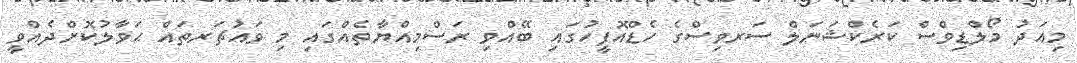
މިއަދު މޯލްޑިވްސް ކަރެކްޝަނަލް ސަރވިސްގެ ހެޑްއޮފީހުގައި ބޭއްވި ރަސްމިއްޔާތެއްގައި މި ވައުޗަރތައް ޙަވާލުކޮށްދެއްވީ